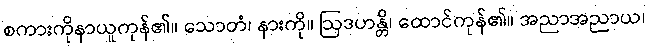
စကားကိုနာယူကုန်၏။ သောတံ၊ နားကို။ ဩဒဟန္တိ၊ ထောင်ကုန်၏။ အညာအညာယ၊